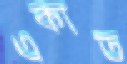
একাত